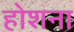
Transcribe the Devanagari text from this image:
होशना